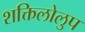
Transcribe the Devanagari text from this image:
शक्तिलोलुप